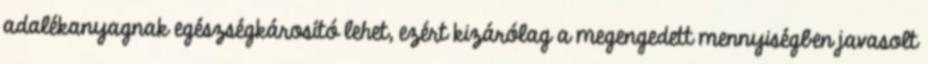
adalékanyagnak egészségkárosító lehet, ezért kizárólag a megengedett mennyiségben javasolt